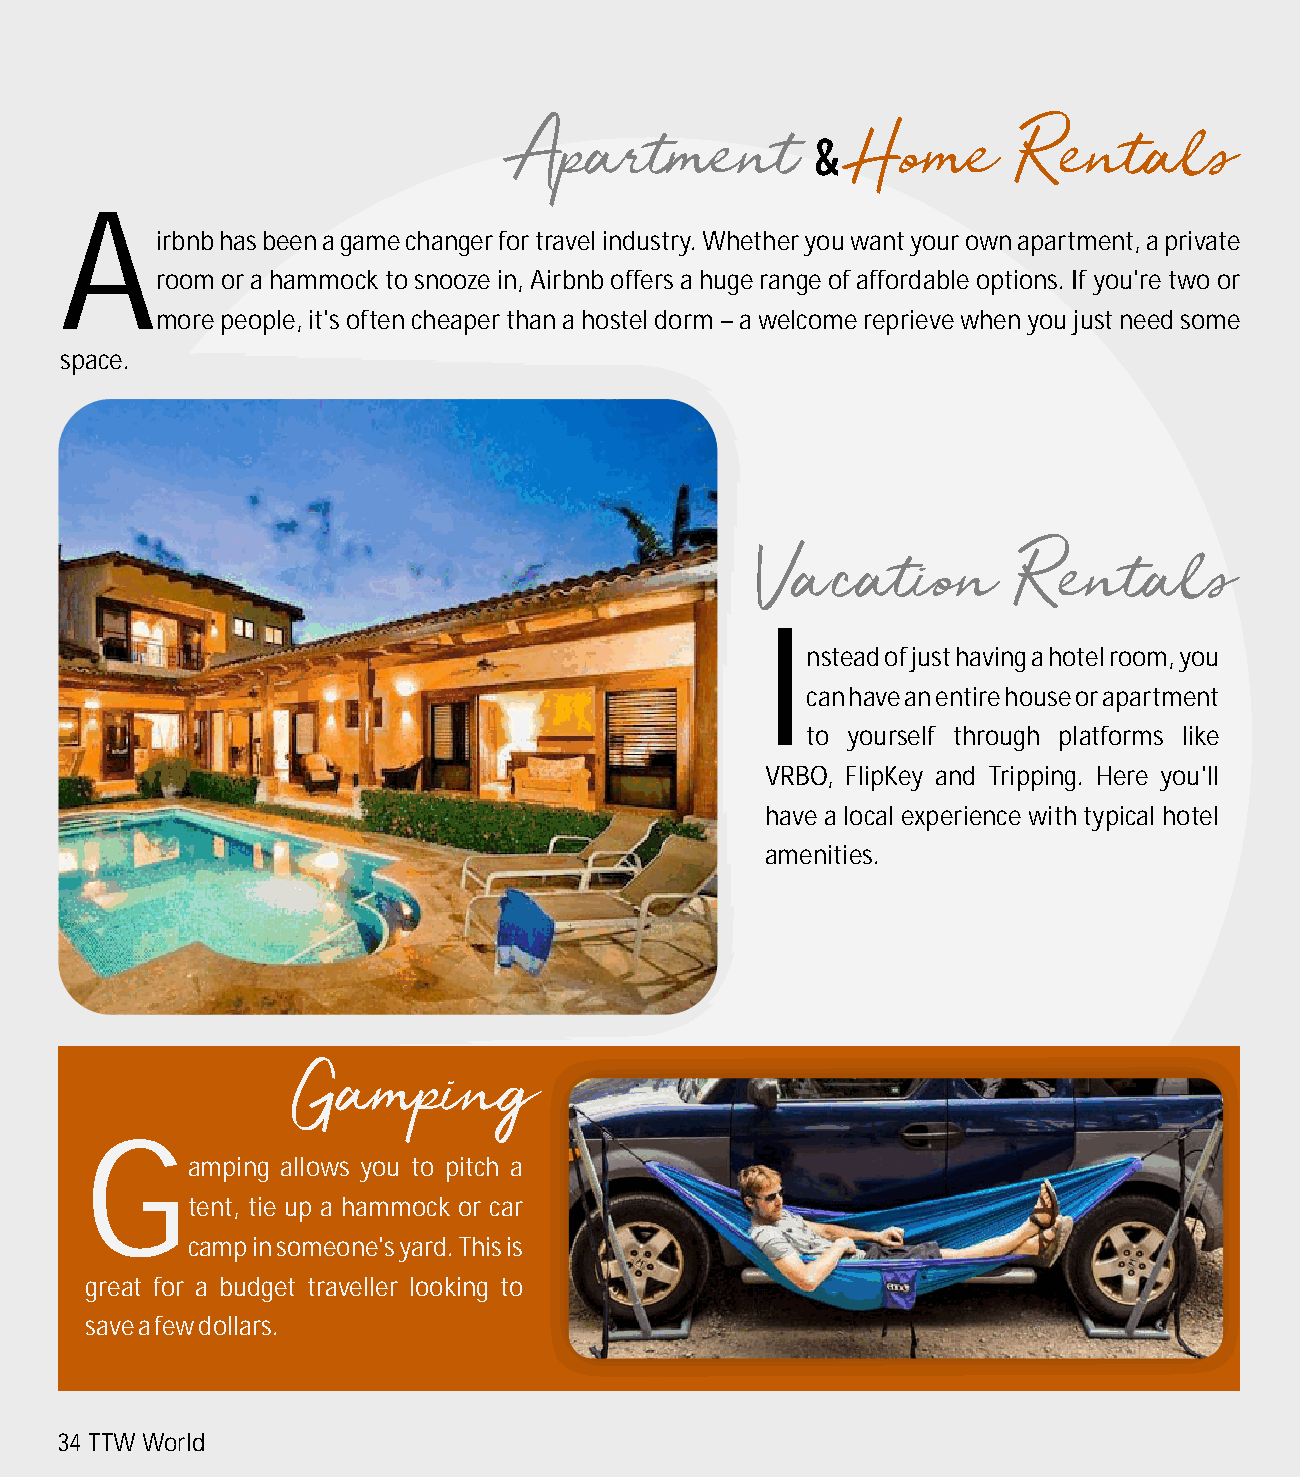
A
 irbnb has been a game changer for travel industry. Whether you want your own apartment, a private
 room or a hammock to snooze in, Airbnb offers a huge range of affordable options. If you're two or
 more people, it's often cheaper than a hostel dorm – a welcome reprieve when you just need some
 space.
 I
 nstead of just having a hotel room, you
 can have an entire house or apartment
 to yourself through platforms like
 VRBO, FlipKey and Tripping. Here you'll
 have a local experience with typical hotel
 amenities.
 G
 amping allows you to pitch a
 tent, tie up a hammock or car
 camp in someone's yard. This is
 great for a budget traveller looking to
 save a few dollars.
 34 TTW World